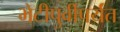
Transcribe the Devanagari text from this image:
भेटीपुर्वीपर्यंत